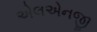
એલએનજી